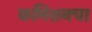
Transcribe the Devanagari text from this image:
कमिशनचा